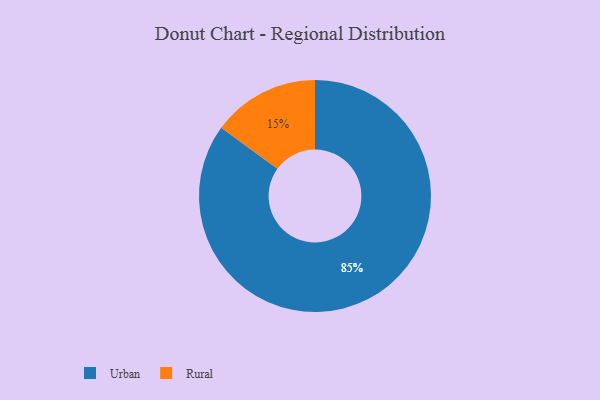
{"axis": {"x": "Category", "y": "Percentage"}, "legend": ["Rural", "Urban"], "data": [{"x": "Rural", "y": 15, "type": "Rural"}, {"x": "Urban", "y": 85, "type": "Urban"}]}